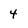
Character: 4